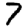
Digit: 7